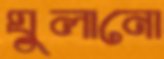
ঘুলানো